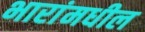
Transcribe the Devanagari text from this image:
भारांमधील